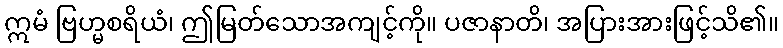
ဣမံ ဗြဟ္မစရိယံ၊ ဤမြတ်သောအကျင့်ကို။ ပဇာနာတိ၊ အပြားအားဖြင့်သိ၏။